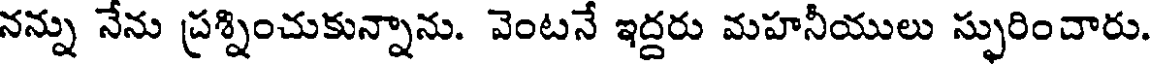
నన్ను నేను ప్రశ్నించుకున్నాను. వెంటనే ఇద్దరు మహనీయులు స్ఫురించారు.